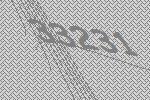
33231